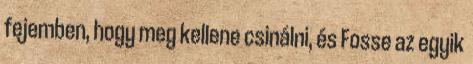
fejemben, hogy meg kellene csinálni, és Fosse az egyik